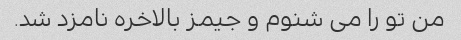
من تو را می شنوم و جیمز بالاخره نامزد شد.